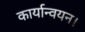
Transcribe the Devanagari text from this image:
कार्यान्वयन।